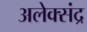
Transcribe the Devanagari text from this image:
अलेक्संद्र